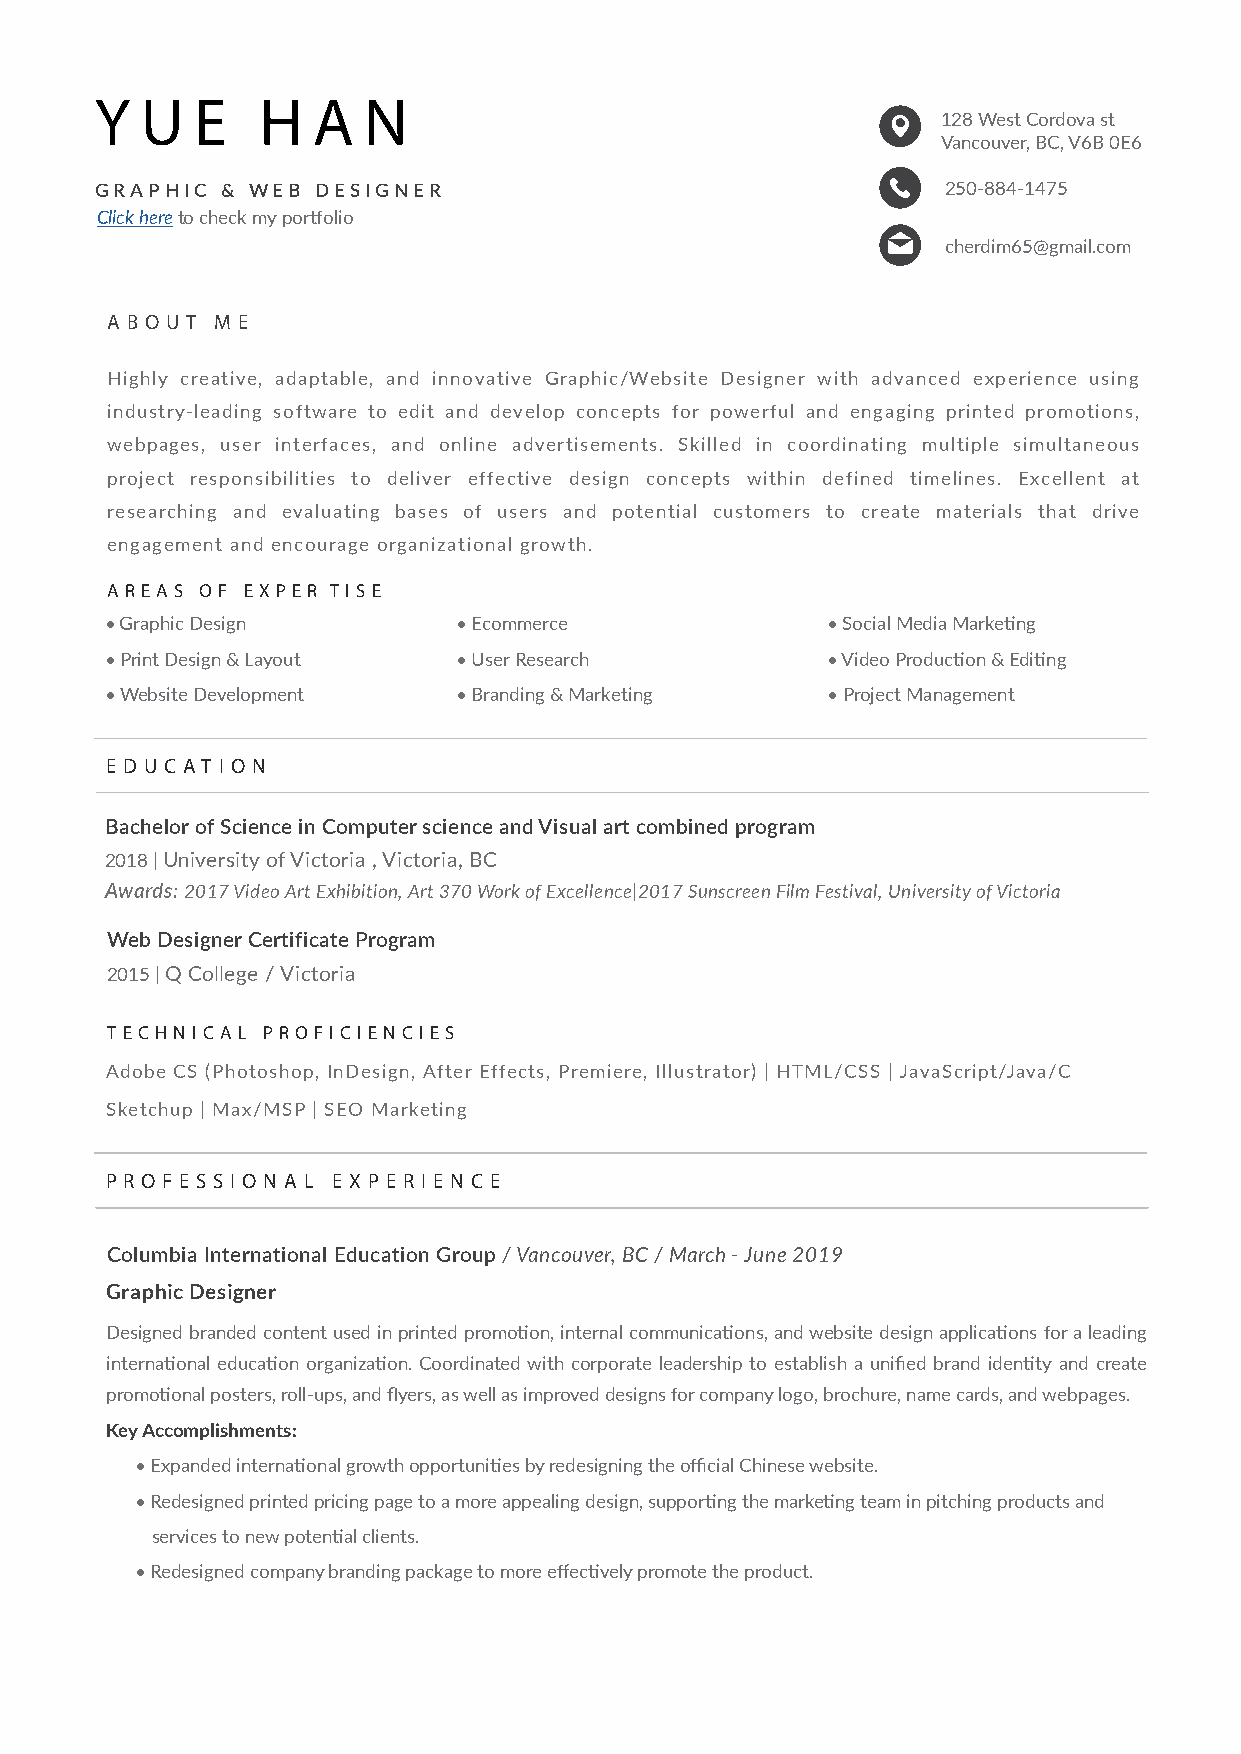
Y  U   E  H   A  N
 128 West Cordova st
 Vancouver, BC, V6B 0E6
 GRAPHIC  & WEB DESIGNER                                  250-884-1475
 Click here to check my portfolio
 cherdim65@gmail.com
 A B O U T M E
 Highly creative, adaptable, and innovative Graphic/Website Designer with advanced experience using
 industry-leading software to edit and develop concepts for powerful and engaging printed promotions,
 webpages, user interfaces, and online advertisements. Skilled in coordinating multiple simultaneous
 project responsibilities to deliver effective design concepts within defined timelines. Excellent at
 researching and evaluating bases of users and potential customers to create materials that drive
 engagement and encourage organizational growth.
 AREAS OF EXPER TISE
 •Graphic Design        •Ecommerce               •Social Media Marketing
 •Print Design & Layout •User Research           • Video Production & Editing
 •Website Development   •Branding & Marketing    •Project Management
 E D U C AT I O N
 Bachelor of Science in Computer science and Visual art combined program
 2018 | University of Victoria , Victoria, BC
 Awards: 2017 Video Art Exhibition, Art 370 Work of Excellence|2017 Sunscreen Film Festival, University of Victoria
 Web Designer Certificate Program
 2015 | Q College / Victoria
 TECHNIC AL PROFICIENCIES
 Adobe CS (Photoshop, InDesign, After Effects, Premiere, Illustrator) | HTML/CSS | JavaScript/Java/C
 Sketchup | Max/MSP | SEO Marketing
 P R O F E S S I O N A L E X P E R I E N C E
 Columbia International Education Group / Vancouver, BC / March - June 2019
 Graphic Designer
 Designed branded content used in printed promotion, internal communications, and website design applications for a leading
 international education organization. Coordinated with corporate leadership to establish a unified brand identity and create
 promotional posters, roll-ups, and flyers, as well as improved designs for company logo, brochure, name cards, and webpages.
 Key Accomplishments:
 •Expanded international growth opportunities by redesigning the official Chinese website.
 •Redesigned printed pricing page to a more appealing design, supporting the marketing team in pitching products and
 services to new potential clients.
 •Redesigned company branding package to more effectively promote the product.